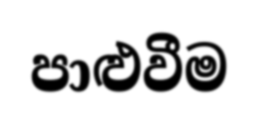
පාළුවීම